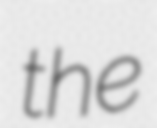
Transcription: the